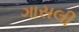
ગાસલી